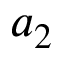
a _ { 2 }